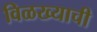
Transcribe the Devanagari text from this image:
विळख्याची